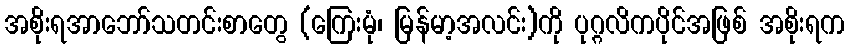
အစိုးရအာဘော်သတင်းစာတွေ (ကြေးမုံ၊ မြန်မာ့အလင်း)ကို ပုဂ္ဂလိကပိုင်အဖြစ် အစိုးရက